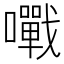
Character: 𡃹